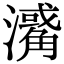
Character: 𤁭